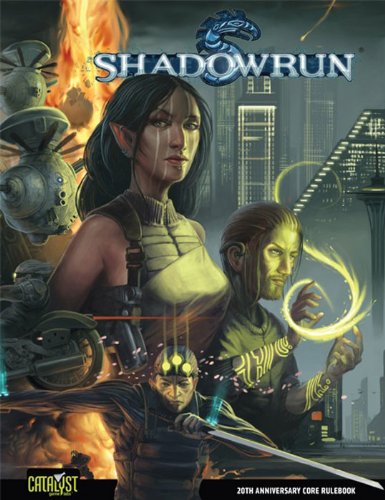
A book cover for Shadowrun 20th Anniversary Edition; Catalyst  Game Labs; Science Fiction & Fantasy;